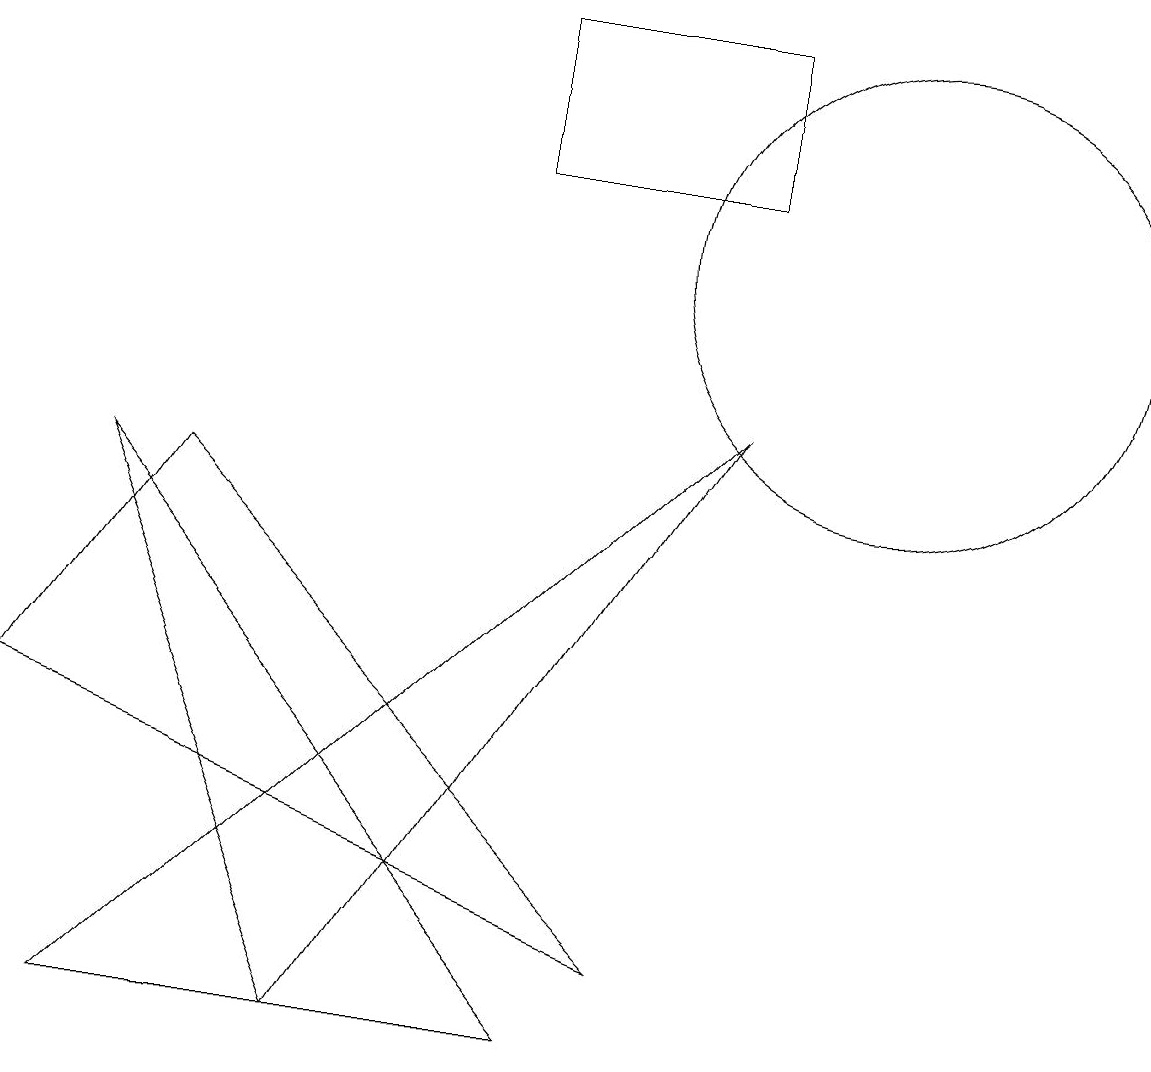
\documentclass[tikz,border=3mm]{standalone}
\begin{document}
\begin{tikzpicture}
\draw (11,10) circle (3);
\draw (4,0) -- (9,8) -- (1,0) -- cycle;
\draw (9,13) rectangle (6,11);
\draw (4,0) -- (7,0) -- (1,7) -- cycle;
\draw (8,1) -- (0,4) -- (2,7) -- cycle;
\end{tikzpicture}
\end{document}